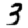
Digit: 3